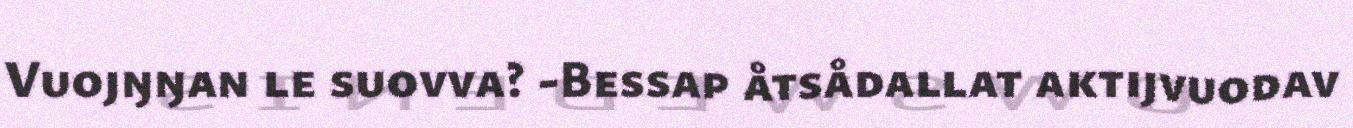
Vuojŋŋan le suovva? -Bessap åtsådallat aktijvuodav